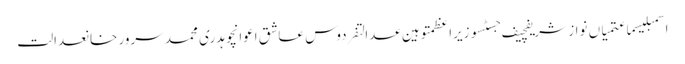
اسمبلیسماعتمیاں نواز شریفچیف جسٹسوزیراعظمتوہین عدالتفردوس عاشق اعوانچوہدری محمد سرور خانعدالت